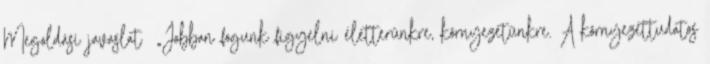
Megoldási javaslat ▪„Jobban fogunk figyelni életterünkre, környezetünkre. A környezettudatos